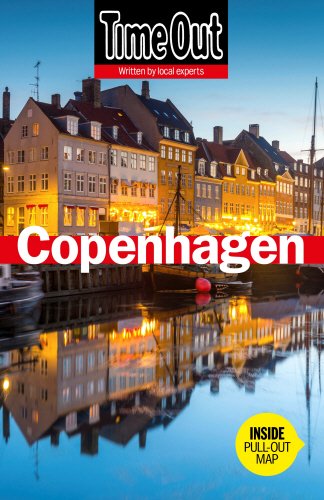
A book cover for Time Out Copenhagen (Time Out Guides); Travel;